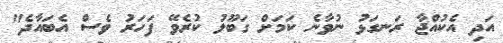
އަދި އެކުއްޖާ ރަނގަޅު ނުވާނެ ކަމަށް ގަބޫލު ކުރެވޭ ފަހަރު ވެސް އެބައާދެ"